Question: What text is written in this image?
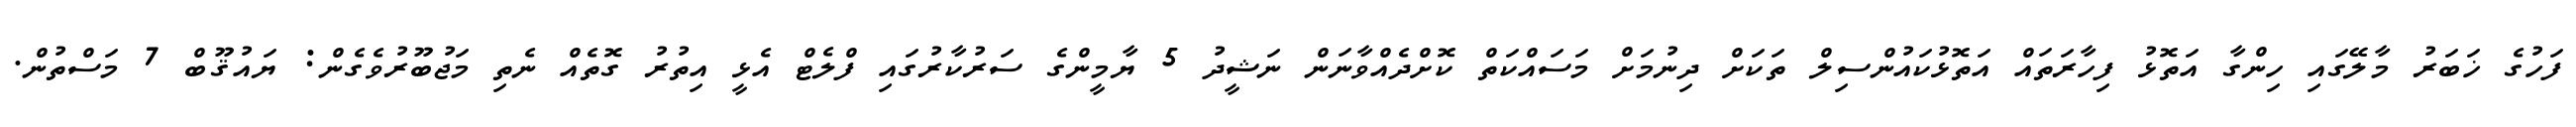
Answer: ފަހުގެ ޚަބަރު މާލޭގައި ހިންގާ އަތޮޅު ފިހާރަތައް އަތޮޅުކައުންސިލް ތަކަށް ދިނުމަށް މަސައްކަތް ކޮށްދެއްވާނަން ނަޝީދު 5 ޔާމީންގެ ސަރުކާރުގައި ފްލެޓް އެޅީ އިތުރު ގޮތެއް ނެތި މަޖުބޫރުވެގެން: ޔައުޤޫބް 7 މަސްތުން.